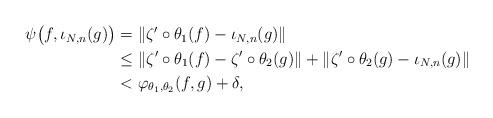
LaTeX: \begin{align*}\begin{aligned}\psi\bigl(f, \iota_{N,n}(g)\bigr) &= \|\zeta' \circ \theta_1(f) - \iota_{N,n}(g)\| \\&\leq \|\zeta' \circ \theta_1(f) - \zeta' \circ \theta_2(g)\| + \|\zeta' \circ \theta_2(g) - \iota_{N,n}(g)\| \\&< \varphi_{\theta_1, \theta_2}(f, g) + \delta, \end{aligned}\end{align*}